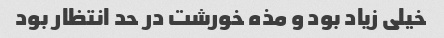
خیلی زیاد بود و مذه خورشت در حد انتظار بود